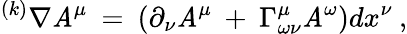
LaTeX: ^{(k)}\nabla\mathit{A}^{\mu}\: =\: (\partial_{\nu}\mathit{A}^{\mu}\: +\: \Gamma_{\omega\nu}^{\mu}\mathit{A}^{\omega})dx^{\nu}\: ,